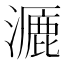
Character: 𪷝